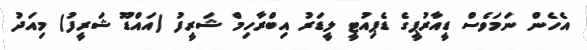
އެހެން ނަމަވެސް ޑީއާރުޕީގެ ޑެޕިއުޓީ ލީޑަރު އިބްރާހިމް ޝަރީފު (އައްޑޫ ޝަރީފު) މިއަދު